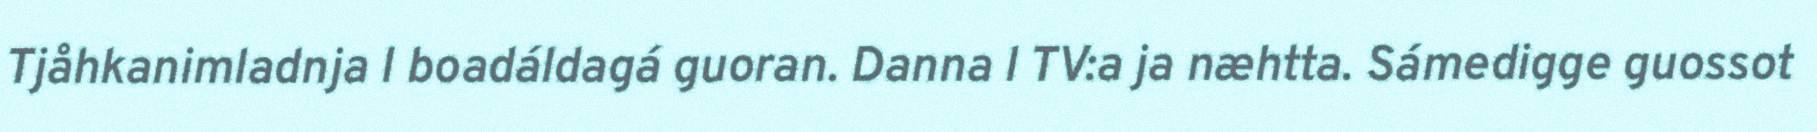
Tjåhkanimladnja l boadáldagá guoran. Danna l TV:a ja næhtta. Sámedigge guossot